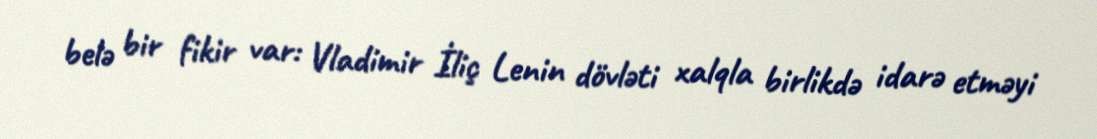
belə bir fikir var: Vladimir İliç Lenin dövləti xalqla birlikdə idarə etməyi